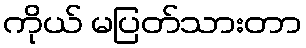
ကိုယ် မပြတ်သားတာ